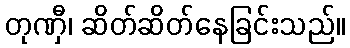
တုဏှီ၊ ဆိတ်ဆိတ်နေခြင်းသည်။